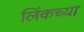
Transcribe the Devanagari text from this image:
लिंकच्या